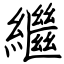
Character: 繼